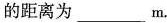
的距离为___m.